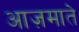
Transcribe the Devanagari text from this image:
आज़माते